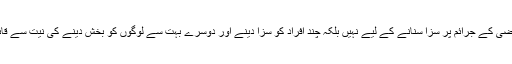
یہ ٹربیونل ماضی کے جرائم پر سزا سُنانے کے لیے نہیں بلکہ چند افراد کو سزا دینے اور دوسرے بہت سے لوگوں کو بخش دینے کی نیت سے قائم کیا گیا ہے۔